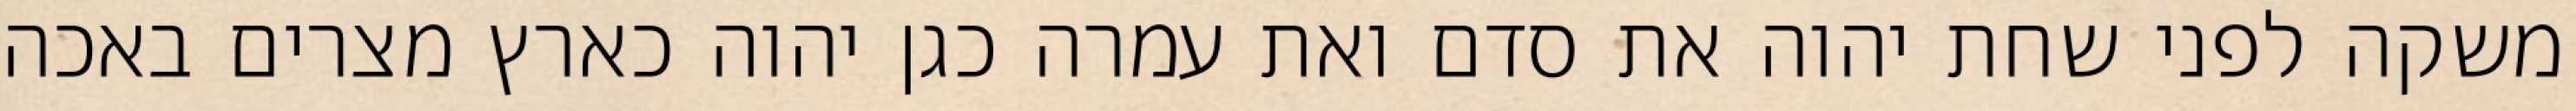
משקה לפני שחת יהוה את סדם ואת עמרה כגן יהוה כארץ מצרים באכה